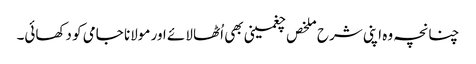
چنانچہ وہ اپنی شرح ملخص چغمینی بھی اُٹھا لائے اور مولانا جامی کو دکھائی۔